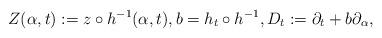
LaTeX: \begin{align*}Z(\alpha,t):=z\circ h^{-1}(\alpha,t),b=h_t\circ h^{-1}, D_t:=\partial_t+b\partial_{\alpha},\end{align*}